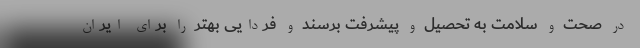
در صحت و سلامت به تحصیل و پیشرفت برسند و فردایی بهتر را برای ایران